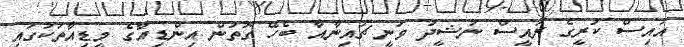
އައިސް ކުރީގެ ރައީސް ނަޝީދު ވަނީ ޗައިނާއާ ބެހޭ ގޮތުން އިންޑިއާގެ މީޑިއާތަކުގައި